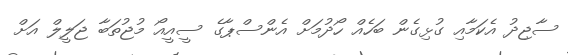
ސާޖިދު އެކަމާއި ގުޅިގެން ބަހެއް ހޯދުމަށް އެންސްޕާގެ ސީއީއޯ މުޖުތަބާ ޖަލީލް އަށް